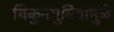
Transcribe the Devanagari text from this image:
चिकुनगुनियामुळे